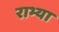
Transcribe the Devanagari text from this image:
राभ्या